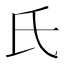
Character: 氏